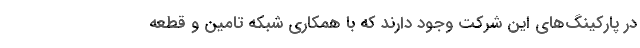
در پارکینگ‌های این شرکت وجود دارند که با همکاری شبکه تامین و قطعه